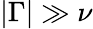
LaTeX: |\Gamma|\gg\nu